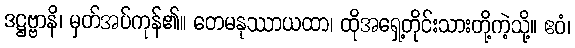
ဒဋ္ဌဗ္ဗာနိ၊ မှတ်အပ်ကုန်၏။ တေမနုဿာယထာ၊ ထိုအရှေ့တိုင်းသားတို့ကဲ့သို့။ ဧဝံ၊